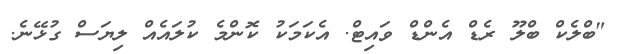
"ބްލެކް ބްލޫ ރެޑް އެންޑް ވައިޓް. އެކަމަކު ކޮންމެ ކުލައެއް ލިޔަސް ގުޅޭނެ.